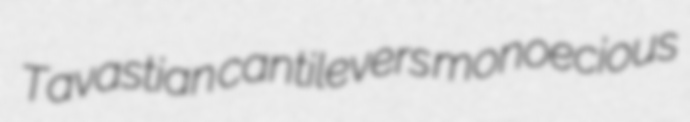
Tavastian cantilevers monoecious